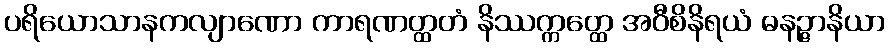
ပရိယောသာနကလျာဏော ကာရဏတ္ထတံ နိဿက္ကတ္ထေ အဝီစိနိရယံ ဓနဉ္ဇာနိယာ